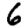
Digit: 6